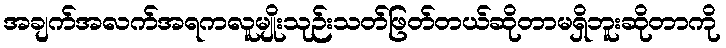
အချက်အလက်အရကလူမျိုးသုဉ်းသတ်ဖြတ်တယ်ဆိုတာမရှိဘူးဆိုတာကို